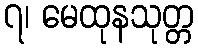
၇၊ မေထုနသုတ္တ